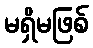
မရှိမဖြစ်